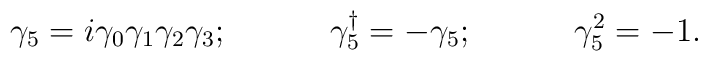
\gamma_{5}=i\gamma_{0}\gamma_{1}\gamma_{2}\gamma_{3}; \hspace{0.5in} \gamma_{5}^{\dag}=-\gamma_{5};\hspace{0.5in} \gamma_{5}^{2}=-1.